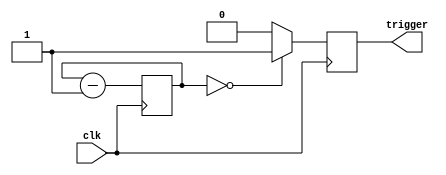
module triggerM(input wire clk, output trigger);

// Counter's default value
parameter M = 512;
reg trigger = 0;

// Number of bits needed to store the counter value (M)
localparam N = $clog2(M);

// Register for storing the counter's value
reg [N-1:0] divcounter = M;

// Infinite counter (starts over when divcounter underflows)
always @(posedge clk)
    begin
        divcounter <= divcounter - 1;
        if (divcounter == 0)
            trigger <= 1;
        else
            trigger <= 0;
    end
endmodule